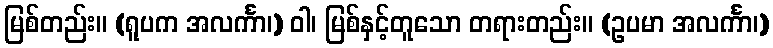
မြစ်တည်း။ (ရူပက အလင်္ကာ၊) ဝါ၊ မြစ်နှင့်တူသော တရားတည်း။ (ဥပမာ အလင်္ကာ၊)